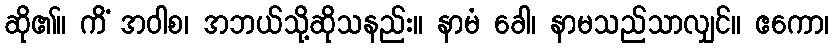
ဆို၏။ ကိံ အဝါစ၊ အဘယ်သို့ဆိုသနည်း။ နာမံ ခေါ၊ နာမသည်သာလျှင်။ ဧကော၊